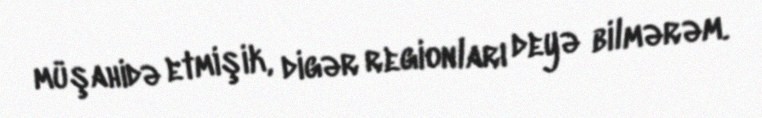
müşahidə etmişik, digər regionları deyə bilmərəm.